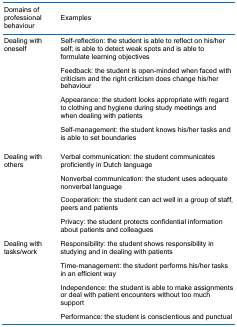
<table><thead><tr><td><b>Domains of professional behaviour</b></td><td><b>Examples</b></td></tr></thead><tbody><tr><td>Dealing with oneself</td><td>Self-reflection: the student is able to reflect on his/her self; is able to detect weak spots and is able to formulate learning objectivesFeedback: the student is open-minded when faced with criticism and the right criticism does change his/her behaviourAppearance: the student looks appropriate with regard to clothing and hygiene during study meetings and when dealing with patientsSelf-management: the student knows his/her tasks and is able to set boundaries</td></tr><tr><td>Dealing with others</td><td>Verbal communication: the student communicates proficiently in Dutch languageNonverbal communication: the student uses adequate nonverbal languageCooperation: the student can act well in a group of staff, peers and patientsPrivacy: the student protects confidential information about patients and colleagues</td></tr><tr><td>Dealing with tasks/work</td><td>Responsibility: the student shows responsibility in studying and in dealing with patientsTime-management: the student performs his/her tasks in an efficient wayIndependence: the student is able to make assignments or deal with patient encounters without too much supportPerformance: the student is conscientious and punctual</td></tr></tbody></table>